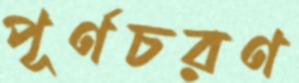
পূর্ণচরণ